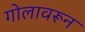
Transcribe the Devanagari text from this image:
गोलावरून